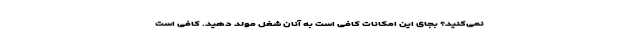
نمی‌کنید؟ بجای این امکانات کافی است به آنان شغل مولد دهید. کافی است